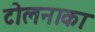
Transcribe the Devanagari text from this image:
टोलनाका